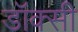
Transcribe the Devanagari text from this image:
डॉक्सी